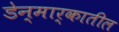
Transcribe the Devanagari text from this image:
डेन्मार्कातील